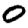
Digit: 0